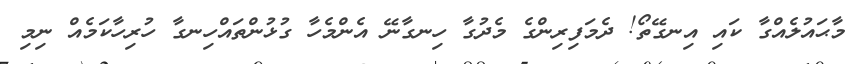
މާޙައުލެއްގާ ކައި އިނގޭތޯ! ދެމަފިރިންގެ މެދުގާ ހިނގާނޭ އެންމެހާ ގުޅުންތައްހިނގާ ހުރިހާކަމެއް ނިމި